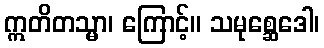
ဣတိတသ္မာ၊ ကြောင့်။ သမုစ္ဆေဒေါ၊